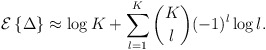
\begin{align*}\mathcal{E}\left\{\Delta\right\} \approx \log K + \sum^{K}_{l=1}{K \choose l}(-1)^l \log l .\end{align*}